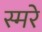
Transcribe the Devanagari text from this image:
स्मरे